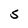
Character: S